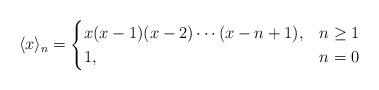
LaTeX: \begin{align*}\langle x\rangle_n=\begin{cases}x(x-1)(x-2)\dotsm(x-n+1), & n\ge1\\1,& n=0\end{cases}\end{align*}